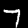
Digit: 7